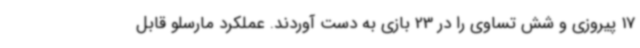
17 پیروزی و شش تساوی را در 23 بازی به دست آوردند. عملکرد مارسلو قابل